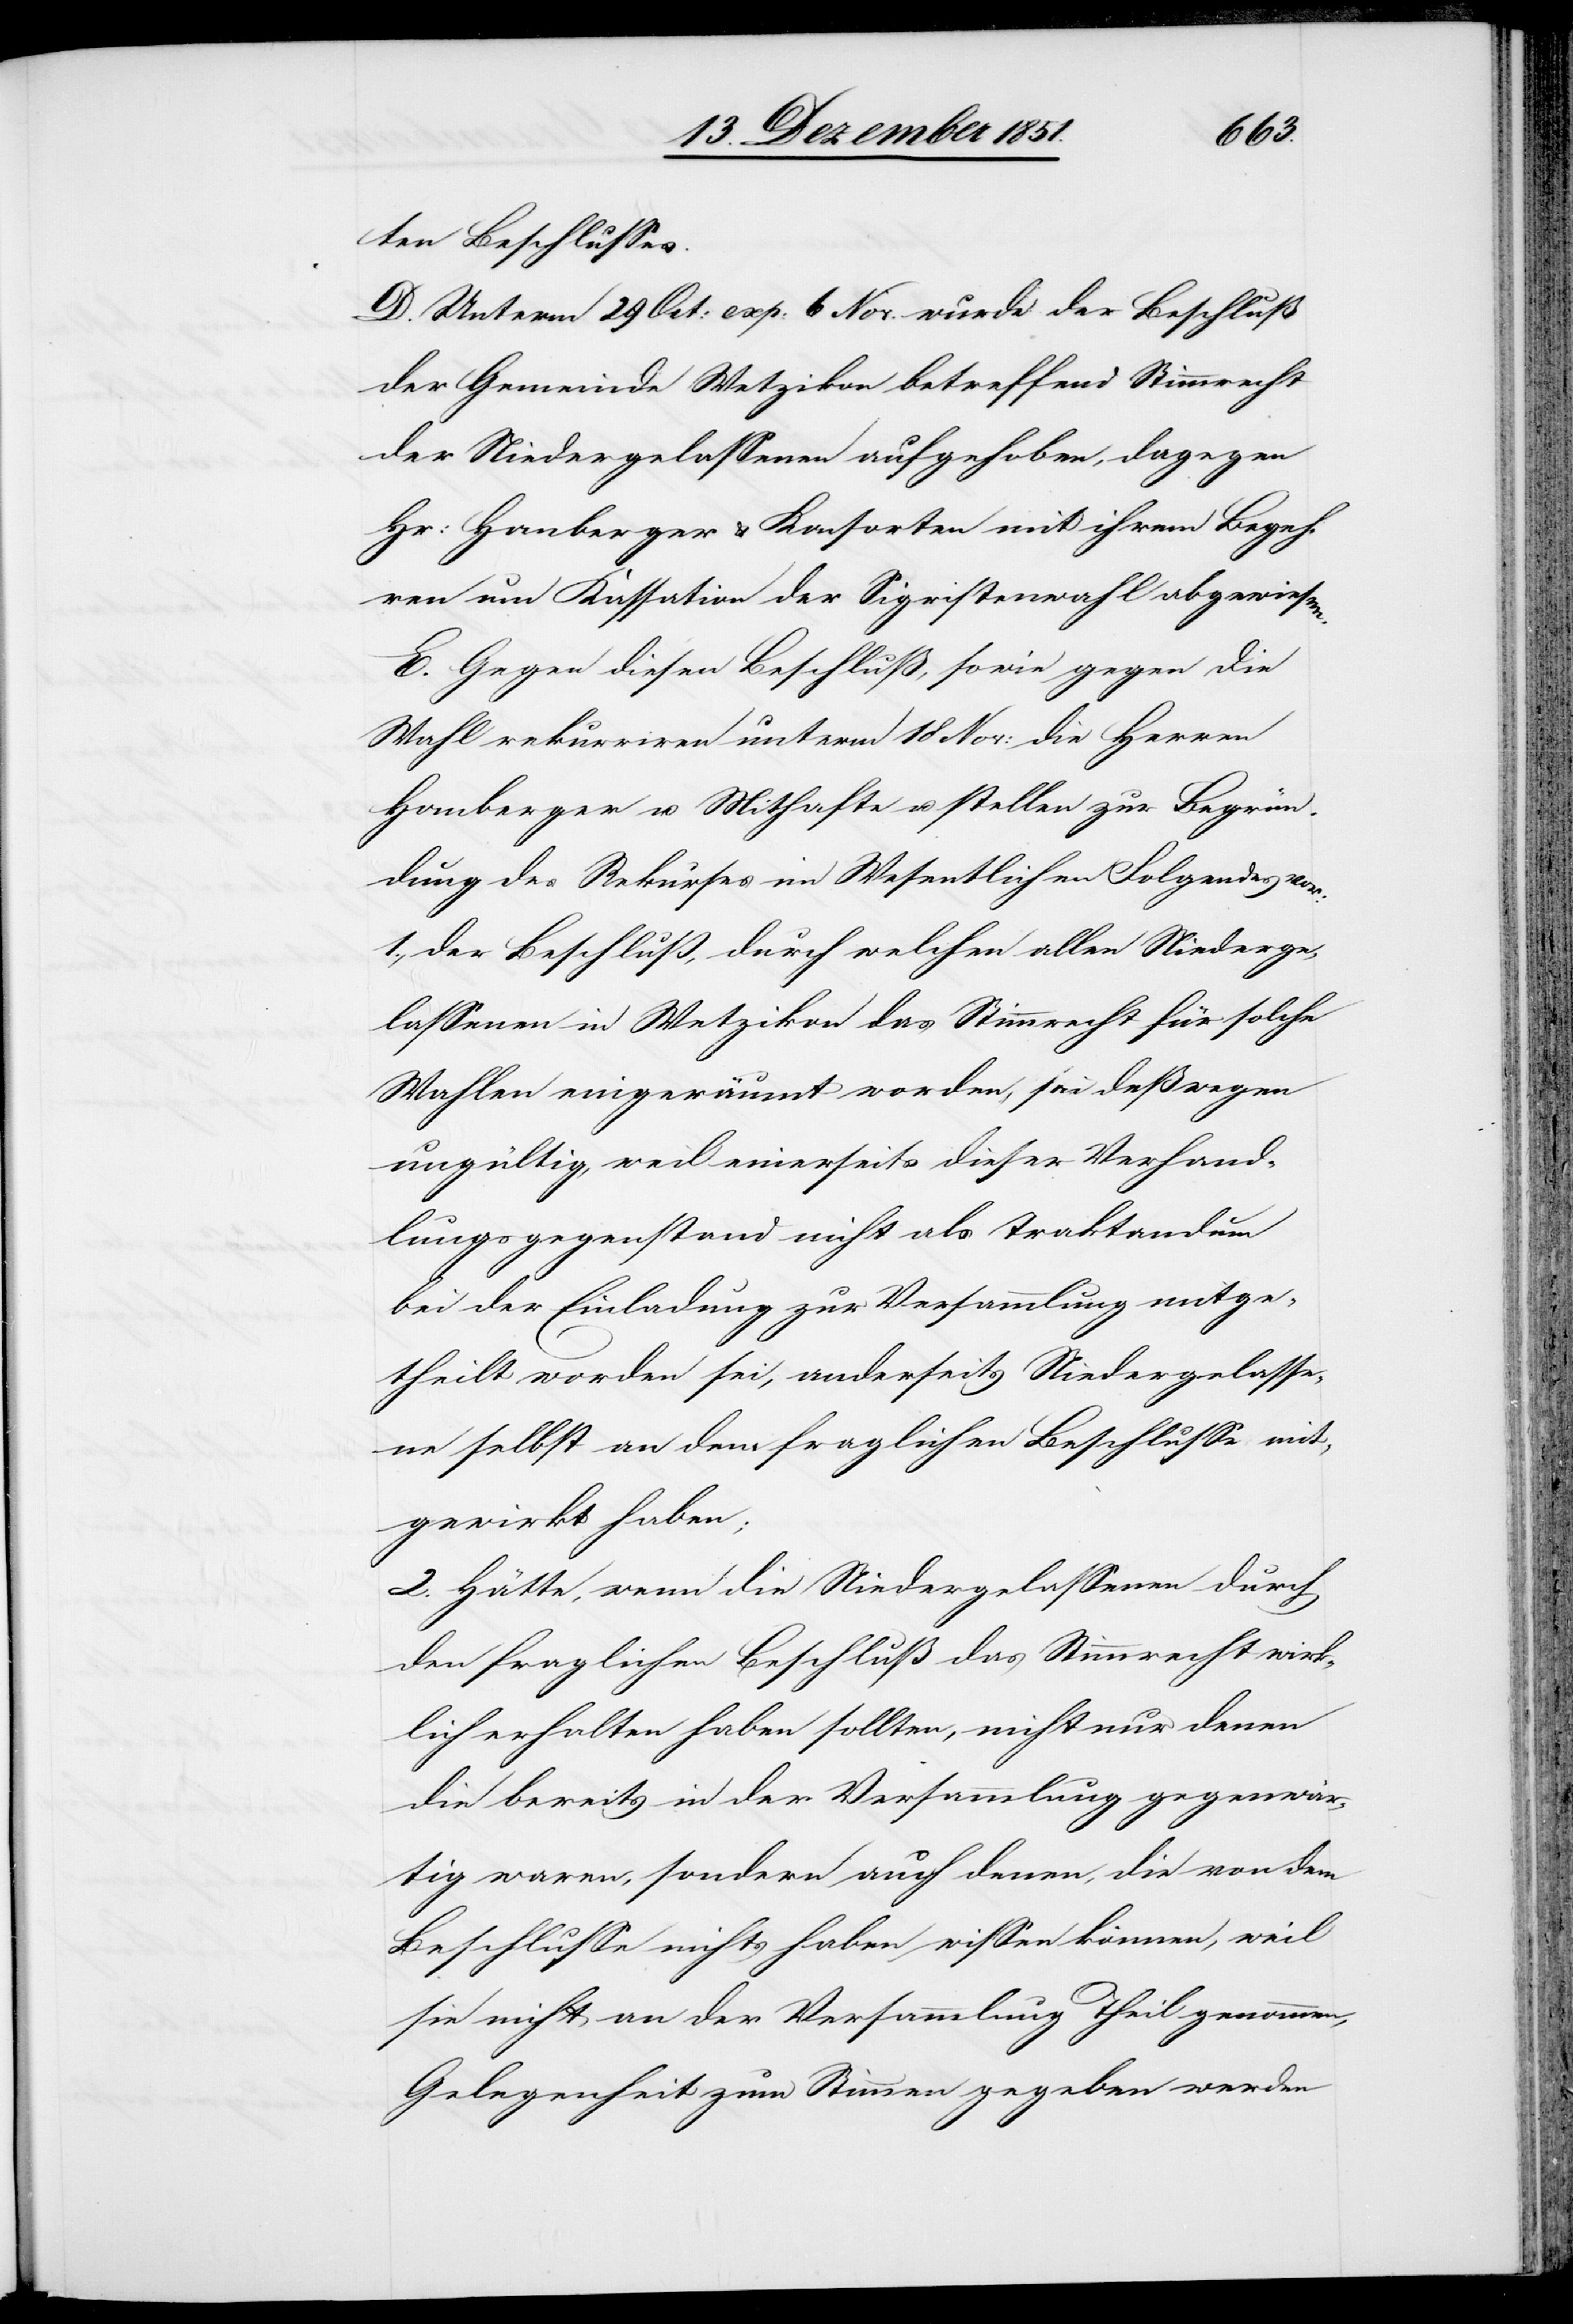
ten Beschlusses.
D. Unterm 29 Oct: exp: 6 Nov. wurde der Beschluß
der Gemeinde Wetzikon betreffend Stimmrecht
der Niedergelassenen aufgehoben, dagegen
Hr: Homberger & Konsorten mit ihrem Begeh¬
ren um Kassation der Sigristenwahl abgewiesen.
E. Gegen diesen Beschluß, sowie gegen die
Wahl rekurriren unterm 18 Nov: die Herren
Homberger u. Mithafte u. stellen zur Begrün¬
dung des Rekurses im Wesentlichen Folgendes vor:
1., der Beschluß, durch welchen allen Niederge¬
lassenen in Wetzikon das Stimmrecht für solche
Wahlen eingeräumt worden, sei deßwegen
ungültig, weil einerseits dieser Verhand¬
lungsgegenstand nicht als Traktandum
bei der Einladung zur Versammlung mitge¬
theilt worden sei, anderseits Niedergelasse¬
ne selbst an dem fraglichen Beschlusse mit¬
gewirkt haben;
2. Hätte, wenn die Niedergelassenen durch
den fraglichen Beschluß das Stimmrecht wirk¬
lich erhalten haben sollten, nicht nur denen
die bereits in der Versammlung gegenwär¬
tig waren, sondern auch denen, die von dem
Beschlusse nichts haben wissen können, weil
sie nicht an der Versammlung Theil genommen,
Gelegenheit zum Stimmen gegeben werden